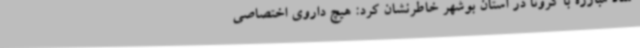
ستاد مبارزه با کرونا در استان بوشهر خاطرنشان کرد: هیچ داروی اختصاصی